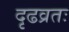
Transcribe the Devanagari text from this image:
दृढव्रतः